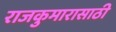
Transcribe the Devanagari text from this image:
राजकुमारासाठी